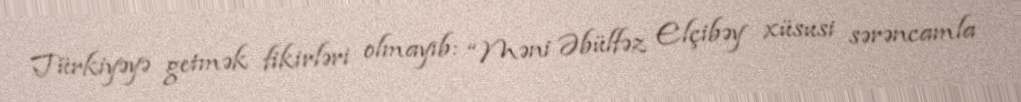
Türkiyəyə getmək fikirləri olmayıb: “Məni Əbülfəz Elçibəy xüsusi sərəncamla